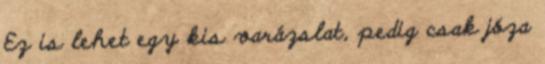
Ez is lehet egy kis varázslat, pedig csak józa